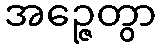
အဉ္ဇေတွာ